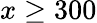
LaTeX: x\geq 300